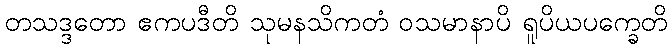
တသဒ္ဒတော ဧကပဒီတိ သုမနသိကတံ ဝသမာနာပိ ရူပိယပက္ခေတိ